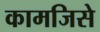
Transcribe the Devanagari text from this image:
कामजिसे